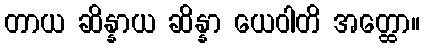
တာယ ဆိန္နာယ ဆိန္နာ ယေဝါတိ အတ္ထော။